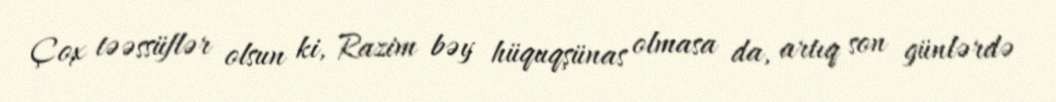
Çox təəssüflər olsun ki, Razim bəy hüquqşünas olmasa da, artıq son günlərdə